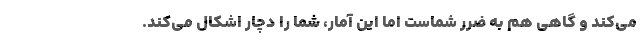
می‌کند و گاهی هم به ضرر شماست اما این آمار، شما را دچار اشکال می‌کند.